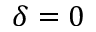
\delta = 0